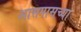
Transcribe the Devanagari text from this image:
अासपासच्या